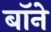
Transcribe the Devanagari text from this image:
बॉने